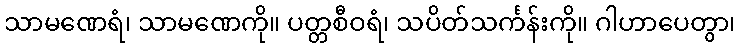
သာမဏေရံ၊ သာမဏေကို။ ပတ္တစီဝရံ၊ သပိတ်သင်္ကန်းကို။ ဂါဟာပေတွာ၊